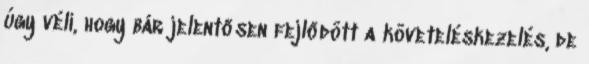
úgy véli, hogy bár jelentősen fejlődött a követeléskezelés, de